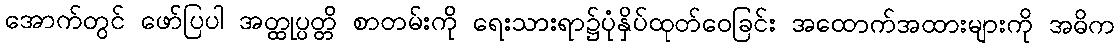
အောက်တွင် ဖော်ပြပါ အတ္ထုပ္ပတ္တိ စာတမ်းကို ရေးသားရာ၌ပုံနှိပ်ထုတ်ဝေခြင်း အထောက်အထားများကို အဓိက